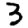
Digit: 3